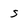
Character: s